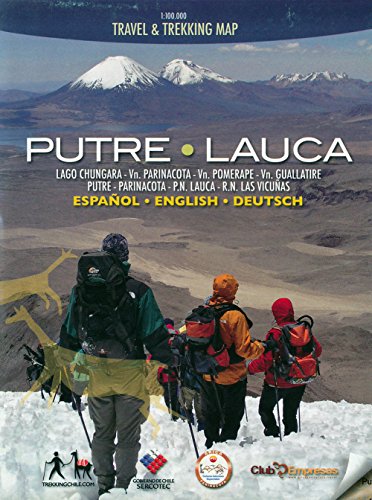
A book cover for Putre - Lauca National Park (Chile) 1:100,000 Trekking Map; Compass Chile; Travel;